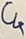
Text: C4